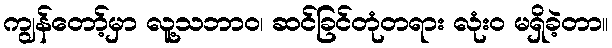
ကျွန်တော့်မှာ လူ့သဘာဝ၊ ဆင်ခြင်တုံတရား လုံးဝ မရှိခဲ့တာ။